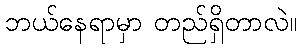
ဘယ်နေရာမှာ တည်ရှိတာလဲ။